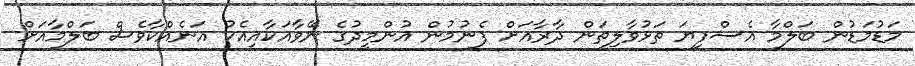
މަޑުމަޑުން ބަލްމާ އެސްފިޔަ ތަޅުވާލިތަން ދާރާއަށް ފެނުމުން އުންމީދުގެ ނޭވާއަކާއިއެކު އަނެއްކާވެސް ބަލްމާއަށް